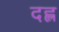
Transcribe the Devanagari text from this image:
दह्ल